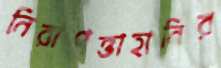
নিরাপত্তাহানির